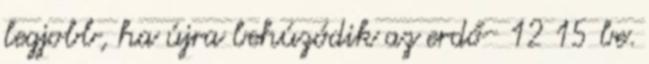
legjobb, ha újra behúzódik az erdő- 12 15 be.